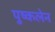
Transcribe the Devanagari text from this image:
पुष्कलेन